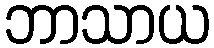
ဘာသာယ